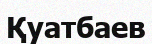
Қуатбаев